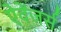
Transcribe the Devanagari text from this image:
ऐवेंजर्स